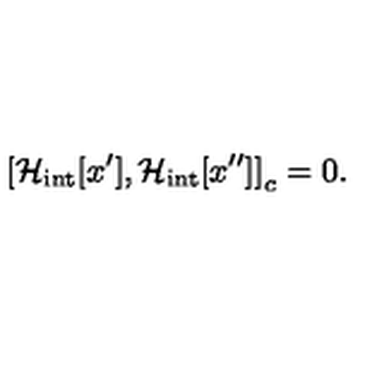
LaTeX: \left[ { { \cal H } _ { \mathrm { i n t } } [ x ^ { \prime } ] , { \cal H } _ { \mathrm { i n t } } [ x ^ { \prime \prime } ] } \right] _ { c } = 0 .